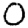
Digit: 0